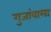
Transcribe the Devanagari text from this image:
गुजांवाला